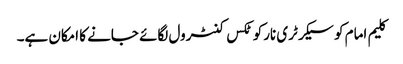
کلیم امام کو سیکرٹری نارکوٹکس کنٹرول لگائے جانے کا امکان ہے۔